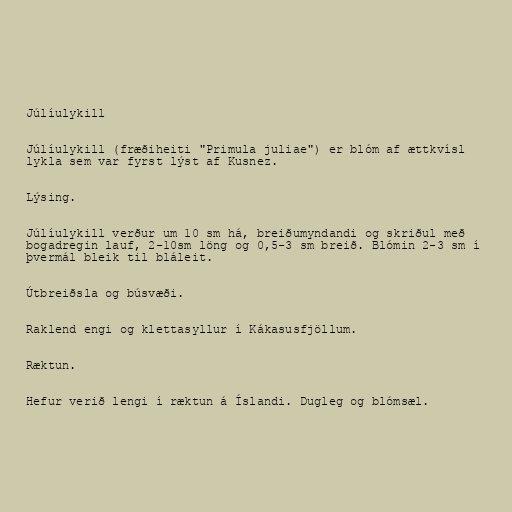
Júlíulykill

Júlíulykill (fræðiheiti "Primula juliae") er blóm af ættkvísl
lykla sem var fyrst lýst af Kusnez.

Lýsing.

Júlíulykill verður um 10 sm há, breiðumyndandi og skriðul með
bogadregin lauf, 2-10sm löng og 0,5-3 sm breið. Blómin 2-3 sm í
þvermál bleik til bláleit.

Útbreiðsla og búsvæði.

Raklend engi og klettasyllur í Kákasusfjöllum.

Ræktun.

Hefur verið lengi í ræktun á Íslandi. Dugleg og blómsæl.